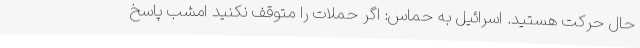
حال حرکت هستید. اسرائیل به حماس: اگر حملات را متوقف نکنید امشب پاسخ